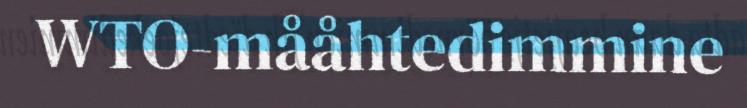
WTO-mååhtedimmine